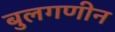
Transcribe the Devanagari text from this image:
बुलगणीन